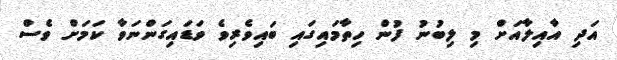
އަދި އާއިލާއަށް މި ލިބުނު ފުން ހިތާމައިގައި ބައިވެރިވެ ވަޑައިގަންނަވާ ކަމަށް ވެސް